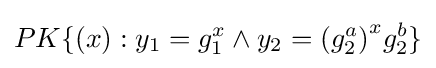
PK\{(x):y_{1}=g_{1}^{x}\land y_{2}={(g_{2}^{a})}^{x}g_{2}^{b}\}